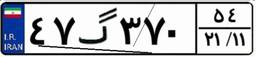
۴۷گ۳۷۰۵۴